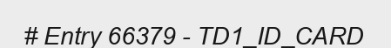
# Entry 66379 - TD1_ID_CARD